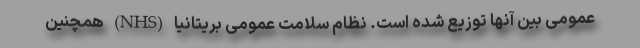
عمومی بین آنها توزیع شده است. نظام سلامت عمومی بریتانیا (NHS) همچنین